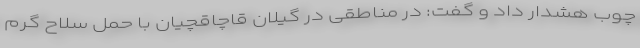
چوب هشدار داد و گفت: در مناطقی در گیلان قاچاقچیان با حمل سلاح گرم